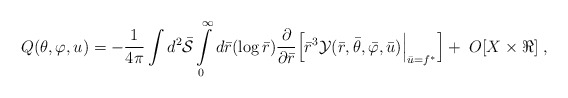
\begin{align*}Q( \theta, \varphi, u) = - \frac{1}{4\pi} \int d^2{\bar {\cal S}} \int\limits_{0}^{\infty} d {\bar r}(\log{\bar r}) \frac{\partial}{\partial {\bar r}}\Bigl[ {\bar r}^3 {\cal Y}({\bar r}, {\bar \theta},{\bar \varphi}, {\bar u})\Bigl|_{{\bar u} = f^{*}}\Bigr]+\; O[ X\times\Re ] \; ,\quad\end{align*}